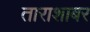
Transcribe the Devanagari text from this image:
ताराशाबर